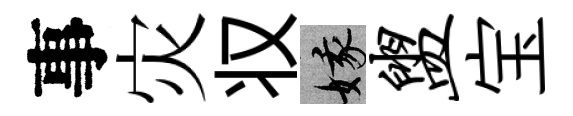
事灾𠬧娥盥宝